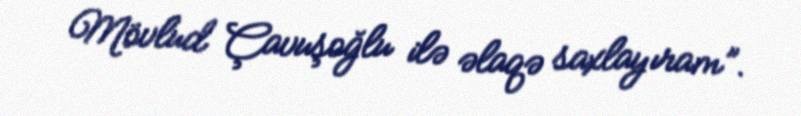
Mövlud Çavuşoğlu ilə əlaqə saxlayıram”.